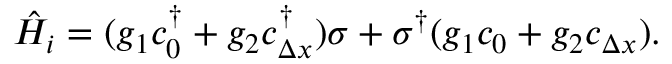
\begin{array} { r } { \hat { H } _ { i } = ( g _ { 1 } c _ { 0 } ^ { \dagger } + g _ { 2 } c _ { \Delta x } ^ { \dagger } ) \sigma + \sigma ^ { \dagger } ( g _ { 1 } c _ { 0 } + g _ { 2 } c _ { \Delta x } ) . } \end{array}